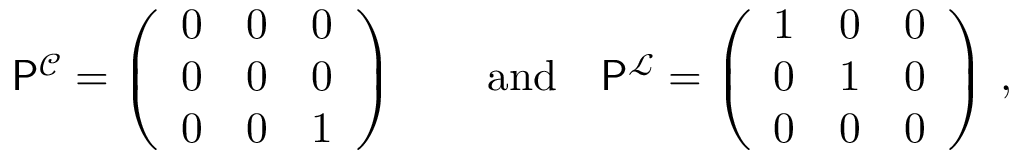
\begin{array} { r } { \mathsf { P } ^ { \mathcal { C } } = \left( \begin{array} { l l l } { 0 } & { 0 } & { 0 } \\ { 0 } & { 0 } & { 0 } \\ { 0 } & { 0 } & { 1 } \end{array} \right) \qquad \mathrm { a n d } \quad \mathsf { P } ^ { \mathcal { L } } = \left( \begin{array} { l l l } { 1 } & { 0 } & { 0 } \\ { 0 } & { 1 } & { 0 } \\ { 0 } & { 0 } & { 0 } \end{array} \right) \, , } \end{array}